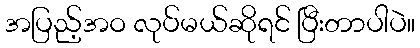
အပြည့်အဝ လုပ်မယ်ဆိုရင် ပြီးတာပါပဲ။